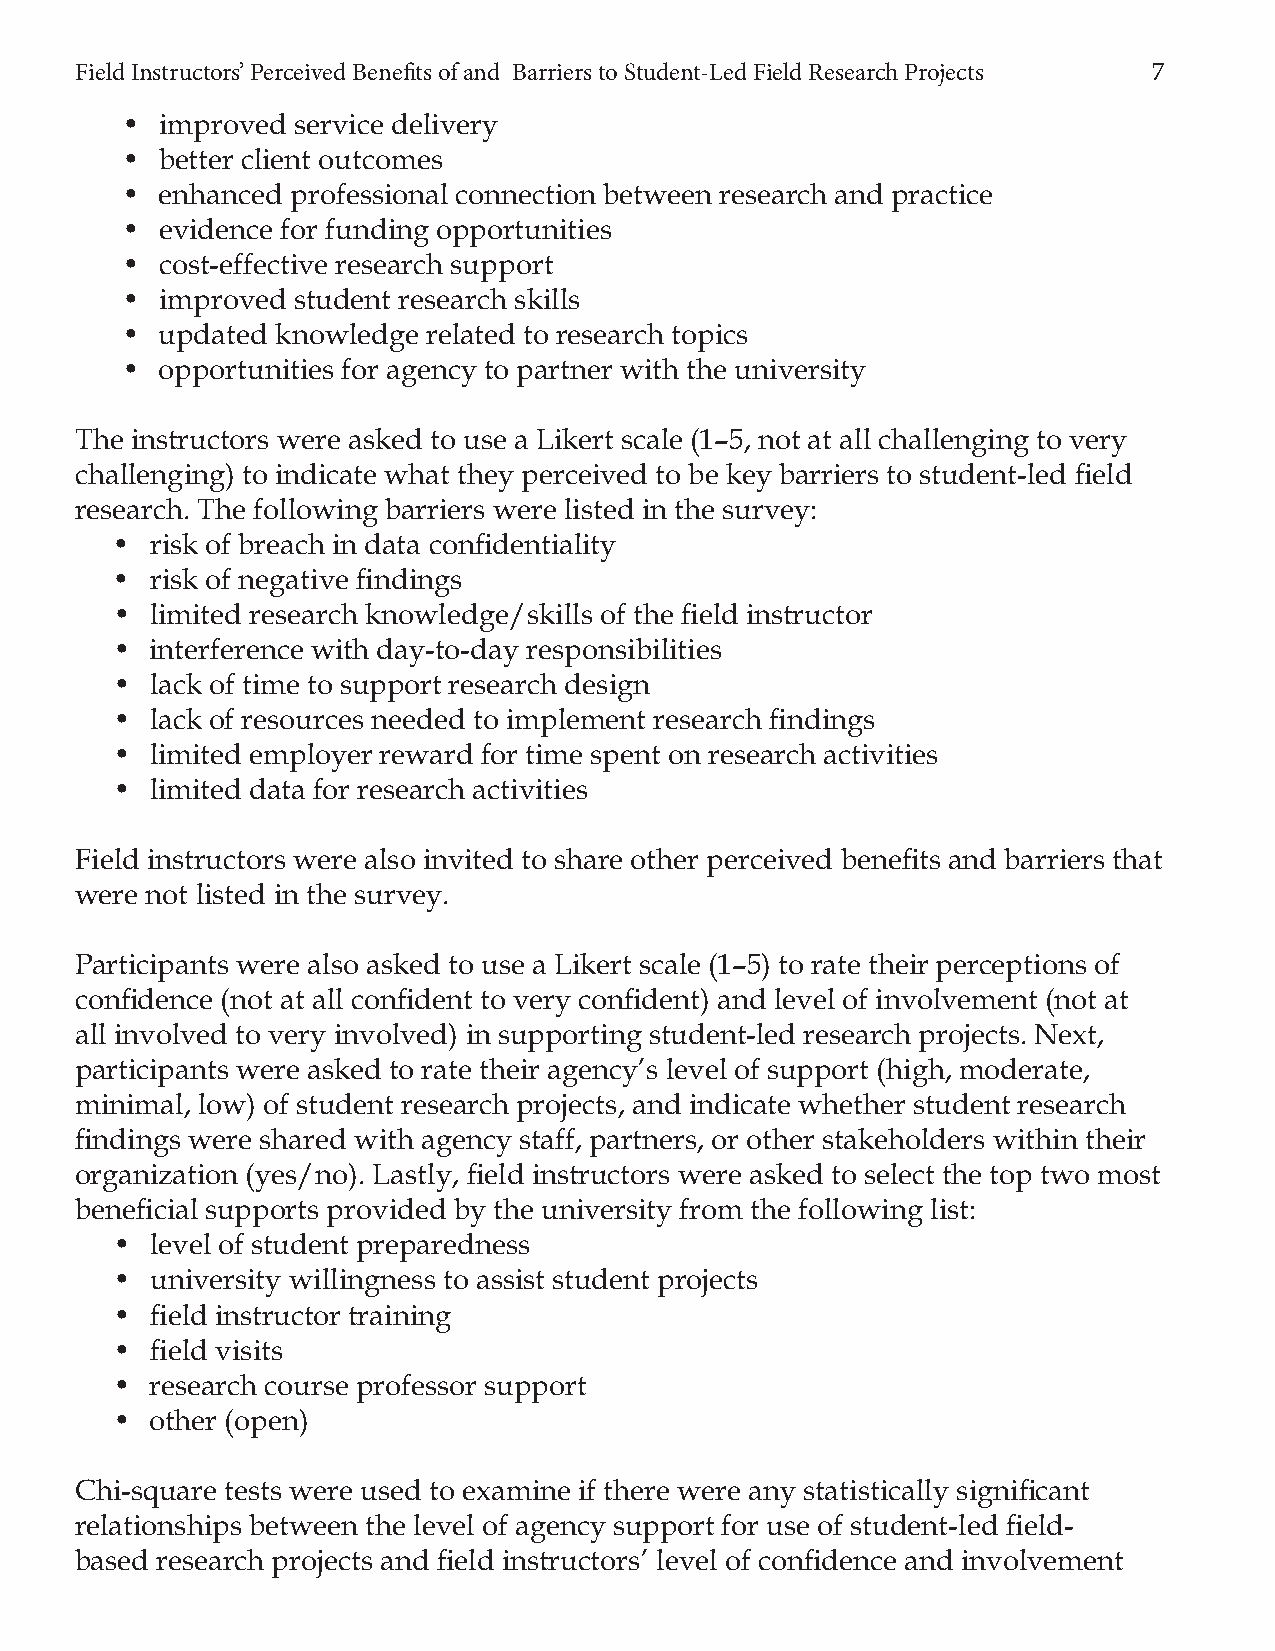
Field Instructors’ Perceived Benefi ts of and Barriers to Student-Led Field Research Projects 7
 •  improved service delivery
 •  better client outcomes
 •  enhanced professional connection between research and practice
 •  evidence for funding opportunities
 •  cost-effective research support
 •  improved student research skills
 •  updated knowledge related to research topics
 •  opportunities for agency to partner with the university
 The instructors were asked to use a Likert scale (1–5, not at all challenging to very
 challenging) to indicate what they perceived to be key barriers to student-led fi eld
 research. The following barriers were listed in the survey:
 •  risk of breach in data confi dentiality
 •  risk of negative fi ndings
 •  limited research knowledge/skills of the fi eld instructor
 •  interference with day-to-day responsibilities
 •  lack of time to support research design
 •  lack of resources needed to implement research fi ndings
 •  limited employer reward for time spent on research activities
 •  limited data for research activities
 Field instructors were also invited to share other perceived benefi ts and barriers that
 were not listed in the survey.
 Participants were also asked to use a Likert scale (1–5) to rate their perceptions of
 confi dence (not at all confi dent to very confi dent) and level of involvement (not at
 all involved to very involved) in supporting student-led research projects. Next,
 participants were asked to rate their agency’s level of support (high, moderate,
 minimal, low) of student research projects, and indicate whether student research
 fi ndings were shared with agency staff, partners, or other stakeholders within their
 organization (yes/no). Lastly, fi eld instructors were asked to select the top two most
 benefi cial supports provided by the university from the following list:
 •  level of student preparedness
 •  university willingness to assist student projects
 •  fi eld instructor training
 •  fi eld visits
 •  research course professor support
 •  other (open)
 Chi-square tests were used to examine if there were any statistically signifi cant
 relationships between the level of agency support for use of student-led fi eld-
 based research projects and fi eld instructors’ level of confi dence and involvement